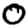
Digit: 0